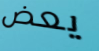
يعض